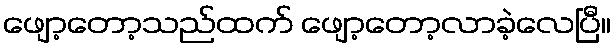
ဖျော့တော့သည်ထက် ဖျော့တော့လာခဲ့လေပြီ။